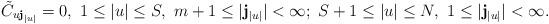
LaTeX: \begin{align*}\tilde{C}_{u\mathbf{j}_{|u|}}=0,~1 \le |u| \le S, ~m+1 \le |\mathbf{j}_{|u|}| < \infty;~S+1 \le |u| \le N, ~1 \le |\mathbf{j}_{|u|}| < \infty.\end{align*}